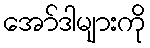
အော်ဒါများကို